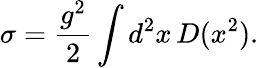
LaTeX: \sigma={\frac{g^{2}}{2}}\int d^{2}x\, D(x^{2}).